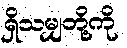
ရှိသမျှတို့ကို